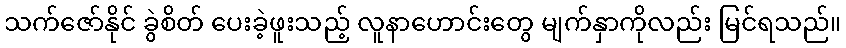
သက်ဇော်နိုင် ခွဲစိတ် ပေးခဲ့ဖူးသည့် လူနာဟောင်းတွေ မျက်နှာကိုလည်း မြင်ရသည်။